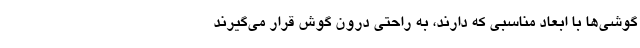
گوشی‌ها با ابعاد مناسبی که دارند، به راحتی درون گوش قرار می‌گیرند